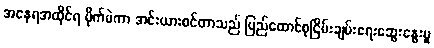
အနေရအထိုင်ရ မိုက်မဲကာ အင်းယားစင်တာသည် ပြည်ထောင်စုငြိမ်းချမ်းရေးဆွေးနွေးမှု